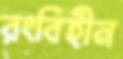
রংবিহীন